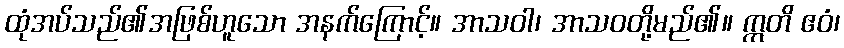
ထုံအပ်သည်၏အဖြစ်ဟူသော အနက်ကြောင့်။ အာသဝါ၊ အာသဝတို့မည်၏။ ဣတိ ဧဝံ၊